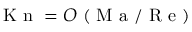
\mathrm { ~ K ~ n ~ } = O \mathrm { ~ ( ~ M ~ a ~ / ~ R ~ e ~ ) ~ }